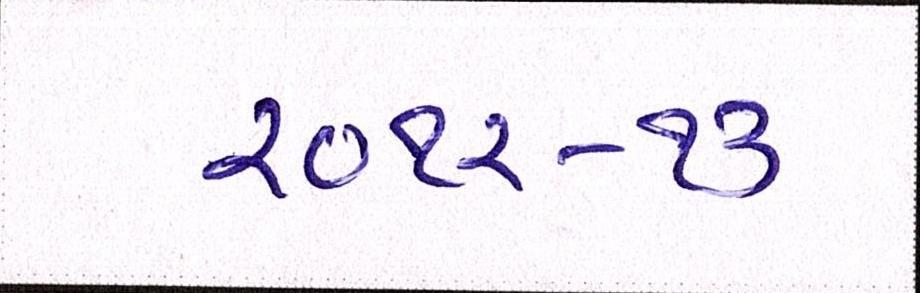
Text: ૨૦૧૨-૧૩